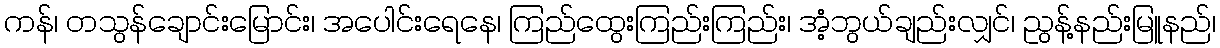
ကန်၊ တသွန်ချောင်းမြောင်း၊ အပေါင်းရေနေ၊ ကြည်ထွေးကြည်းကြည်း၊ အံ့ဘွယ်ချည်းလျှင်၊ ညွန့်နည်းမြူနည်၊